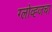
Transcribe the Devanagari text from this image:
ग्लोव्ह्जचा